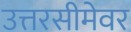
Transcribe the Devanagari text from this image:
उत्तरसीमेवर